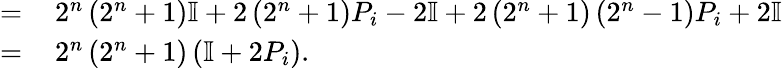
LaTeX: \begin{array}{rl}{=\, }&{{}2^{n}\left(2^{n}+1\right)\mathbb{I}+2\left(2^{n}+1\right)P_{i}-2\mathbb{I}+2\left(2^{n}+1\right)\left(2^{n}-1\right)P_{i}+2\mathbb{I}}\\ {=\, }&{{}2^{n}\left(2^{n}+1\right)\left(\mathbb{I}+2P_{i}\right).}\end{array}